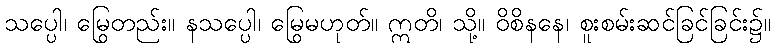
သပ္ပေါ၊ မြွေတည်း။ နသပ္ပေါ၊ မြွေမဟုတ်။ ဣတိ၊ သို့။ ဝိစိနနေ၊ စူးစမ်းဆင်ခြင်ခြင်း၌။